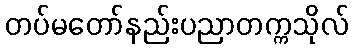
တပ်မတော်နည်းပညာတက္ကသိုလ်